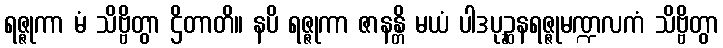
ရဇ္ဇုကာ မံ သိဗ္ဗိတွာ ဌိတာတိ။ နပိ ရဇ္ဇုကာ ဇာနန္တိ မယံ ပါဒပုဉ္ဆနရဇ္ဇုမဏ္ဍလကံ သိဗ္ဗိတွာ